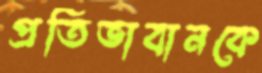
প্রতিভাবানকে